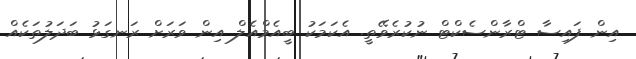
އިން ފައިސާ ޓްރާންސެކްޓް ނުކުރެވޭތީ. އެކަމަކު ބީއެމްއެލް އިން ވަރަށް ރަނގަޅު ބަދަލުތަކެއް